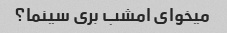
میخوای امشب بری سینما؟